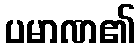
ပမာဏ၏